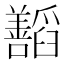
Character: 𬚁